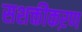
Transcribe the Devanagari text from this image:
सशक्तीकऱण